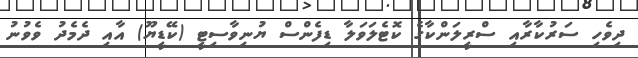
ދިވެހި ސަރުކާރާއި ސްރީލަންކާގެ ކޮޓެލަވަލާ ޑިފެންސް ޔުނިވާސިޓީ (ކޭޑީޔޫ) އާއި ދެމެދު ވެވުނު